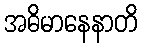
အဓိမာနေနာတိ